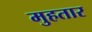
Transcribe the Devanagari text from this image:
मुहतार